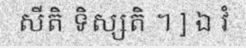
សីតិ ទិស្សតិ ។ ] ឯ វំ